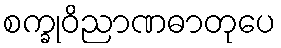
စက္ခုဝိညာဏဓာတုပေ